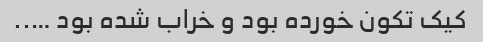
کیک‌ تکون خورده بود و خراب شده بود …..